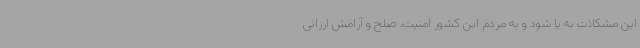
این مشکلات به پا شود و به مردم این کشور امنیت، صلح و آرامش ارزانی